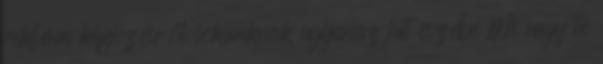
reklám kifejezésről sokunknak ugyanaz jut eszébe Mi vagy te